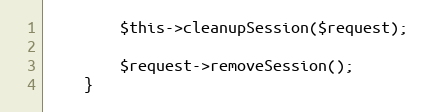
Language: PHP
        $this->cleanupSession($request);

        $request->removeSession();
    }